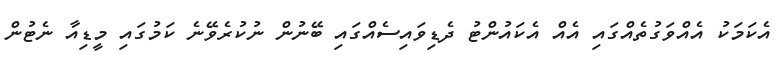
އެކަމަކު އެއްވަގުތެއްގައި އެއް އެކައުންޓު ދެޑިވައިސެއްގައި ބޭނުން ނުކުރެވޭނެ ކަމުގައި މީޑިއާ ނެޓުން